Annual administration and progress report of the Indian Medical Department, Bombay
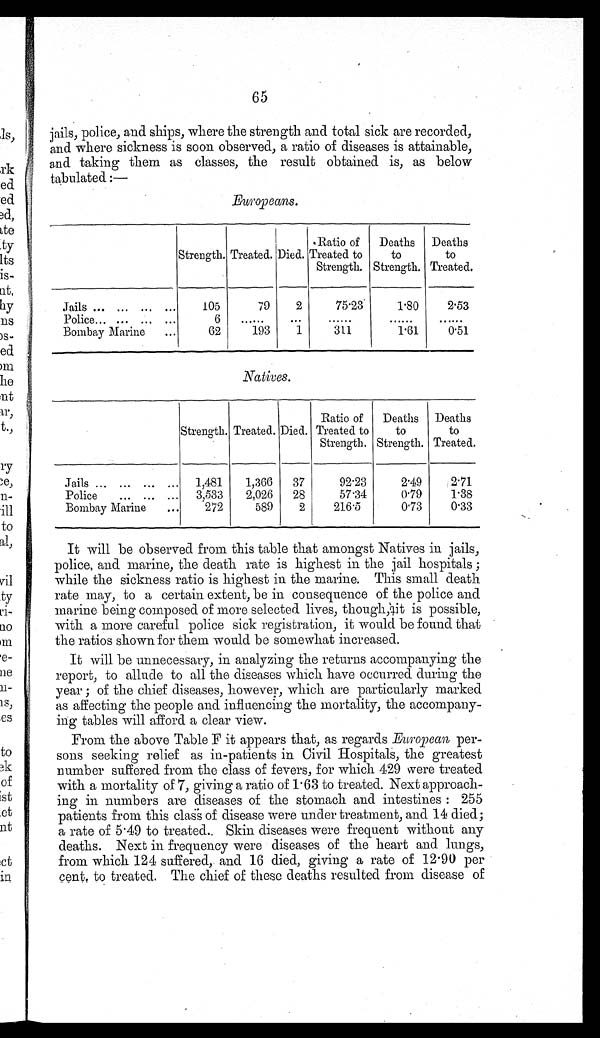
65
jails, police, and ships, where the strength and total sick are recorded,
and where sickness is soon observed, a ratio of diseases is attainable,
and taking them as classes, the result obtained is, as below
tabulated :—
Europeans.
Strength. Treated. Died.
Ratio of
Treated to
Strength.
Deaths
to
Strength.
Deaths
to
Treated.
Jails ... ... ... ...
105
79
2
75.23
1 . 8 0
2.53
Police... ... ... ...
6 ......
...
. . .
. . . ......
Bombay Marine ...
62
193
1
311
1.61
0.51
Natives.
Strength. Treated. Died.
Ratio of
Treated to
Strength.
Deaths
to
Strength.
Deaths
to
Treated.
Jails ... ... ... ... 1,481 1,366 37
92.23
2.49
2.71
Police ... ... ... 3,533 2,026 28
57.34
0.79
1.38
Bombay Marine ...
272
589
2
216.5
0.73
0.33
It will be observed from this table that amongst Natives in jails,
police, and marine, the death rate is highest in the jail hospitals ;
while the sickness ratio is highest in the marine. This small death
rate may, to a certain extent, be in consequence of the police and
marine being composed of more selected lives, though,[illegible]it is possible,
with a more careful police sick registration, it would be found that
the ratios shown for them would be somewhat increased.
It will be unnecessary, in analyzing the returns accompanying the
report, to allude to all the diseases which have occurred during the
year ; of the chief diseases, however, which are particularly marked
as affecting the people and influencing the mortality, the accompany-
ing tables will afford a clear view.
From the above Table F it appears that, as regards European per-
sons seeking relief as in-patients in Civil Hospitals, the greatest
number suffered from the class of fevers, for which 429 were treated
with a mortality of 7, giving a ratio of 1.63 to treated. Next approach-
ing in numbers are diseases of the stomach and intestines : 255
patients from this class of disease were under treatment, and 14 died;
a rate of 5.49 to treated.. Skin diseases were frequent without any
deaths. Next in frequency were diseases of the heart and lungs,
from which 124 suffered, and 16 died, giving a rate of 12.90 per
cent to treated. The chief of these deaths resulted from disease of